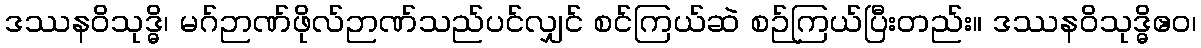
ဒဿနဝိသုဒ္ဓိ၊ မဂ်ဉာဏ်ဖိုလ်ဉာဏ်သည်ပင်လျှင် စင်ကြယ်ဆဲ စဉ်ကြယ်ပြီးတည်း။ ဒဿနဝိသုဒ္ဓိဧဝ၊